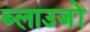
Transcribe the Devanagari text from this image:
ब्लाउजों